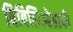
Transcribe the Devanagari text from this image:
बिबिलिओग्राफी